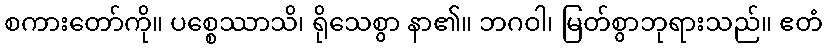
စကားတော်ကို။ ပစ္စေဿာသိ၊ ရိုသေစွာ နာ၏။ ဘဂဝါ၊ မြတ်စွာဘုရားသည်။ ဧတံ